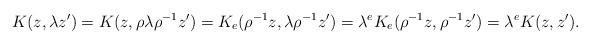
LaTeX: \begin{align*}K(z,\lambda z')=K(z,\rho\lambda\rho^{-1}z')=K_e(\rho^{-1}z,\lambda\rho^{-1}z')=\lambda^eK_e(\rho^{-1}z,\rho^{-1}z')=\lambda^e K(z,z').\end{align*}